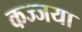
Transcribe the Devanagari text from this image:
कज्जया